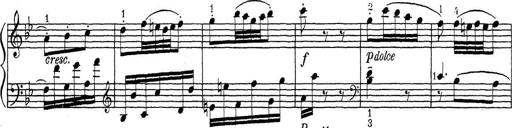
Title: ÄŒeskÃ© Sonatiny
Composer: Various